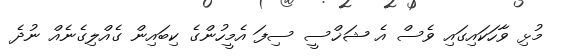
މުޅި ވާހަކައިގައި ވެސް އެ ޝަޚްސީ ސިފަ އެމީހުންގެ ކިބައިން ގެއްލިގެނެއް ނުދެ